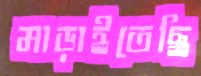
মাড়াইতেছি